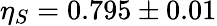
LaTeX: \eta_{S}=0.795\pm 0.01